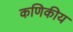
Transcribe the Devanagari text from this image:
कणिकीय